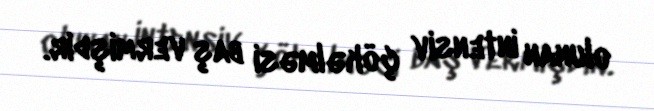
olunan intensiv çökəlməsi baş vermişdir.